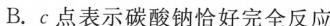
B.c点表示碳酸钠恰好完全反应